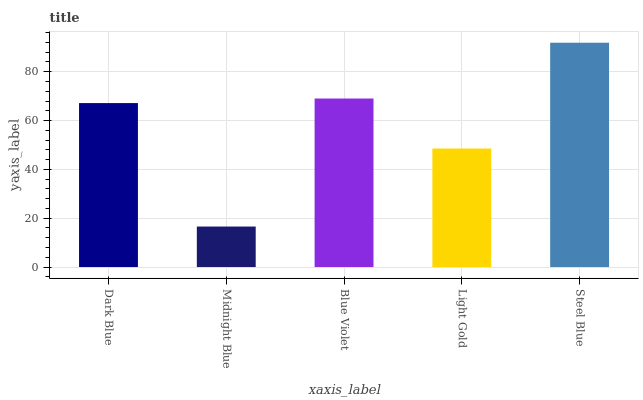
| xaxis_label | bars |
 | --- | --- |
 | Dark Blue | 67.2 |
 | Midnight Blue | 16.6 |
 | Blue Violet | 69 |
 | Light Gold | 48.6 |
 | Steel Blue | 91.9 |